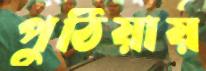
পুঠিয়ায়